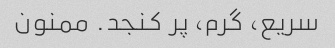
سریع، گرم، پر کنجد. ممنون